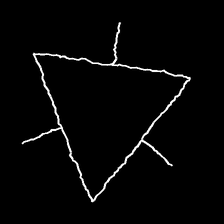
Glyph: fire